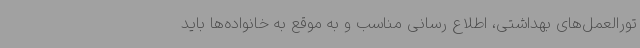
تورالعمل‌های بهداشتی، اطلاع رسانی مناسب و به موقع به خانواده‌ها باید